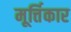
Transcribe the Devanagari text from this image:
मूर्त्तिकार